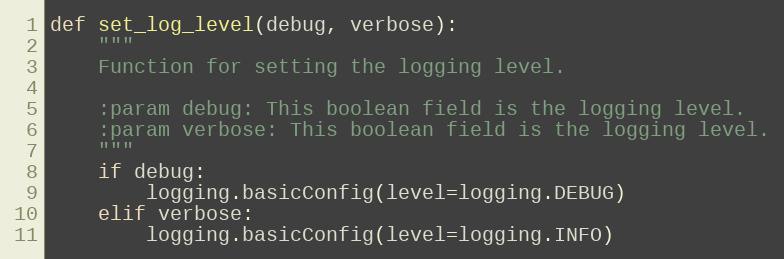
Language: Python
def set_log_level(debug, verbose):
    """
    Function for setting the logging level.

    :param debug: This boolean field is the logging level.
    :param verbose: This boolean field is the logging level.
    """
    if debug:
        logging.basicConfig(level=logging.DEBUG)
    elif verbose:
        logging.basicConfig(level=logging.INFO)